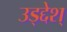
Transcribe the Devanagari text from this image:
उड्द्देश्